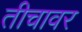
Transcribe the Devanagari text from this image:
तीचावर